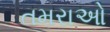
તમરાઓ